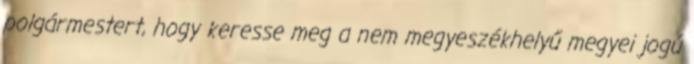
polgármestert, hogy keresse meg a nem megyeszékhelyű megyei jogú